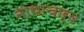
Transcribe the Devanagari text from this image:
नाथाचार्य